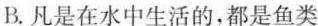
B.凡是在水中生活的，都是鱼类